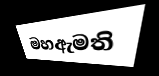
මහඇමති